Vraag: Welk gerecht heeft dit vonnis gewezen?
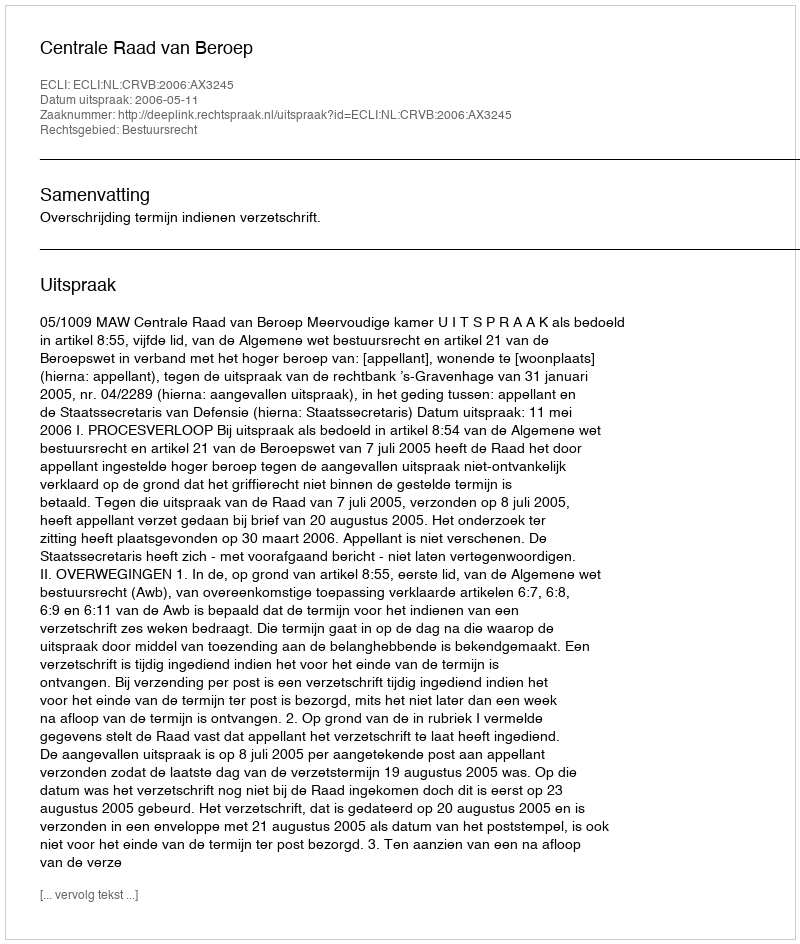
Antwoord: Centrale Raad van Beroep